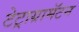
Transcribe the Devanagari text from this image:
टेट्राग्रामॅटन